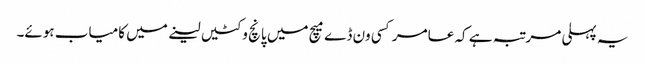
یہ پہلی مرتبہ ہے کہ عامر کسی ون ڈے میچ میں پانچ وکٹیں لینے میں کامیاب ہوئے۔